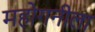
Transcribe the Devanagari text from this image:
महोगनीला